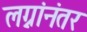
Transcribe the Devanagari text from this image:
लग्नांनंतर